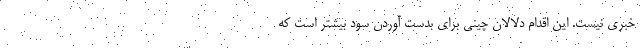
خبری نیست. این اقدام دلالان چینی برای بدست آوردن سود بیشتر است که